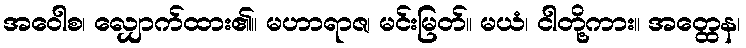
အဝေါစ၊ လျှောက်ထား၏။ မဟာရာဇ၊ မင်းမြတ်။ မယံ၊ ငါတို့ကား။ အတ္ထေန၊